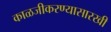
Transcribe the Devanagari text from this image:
काळजीकरण्यासारखी